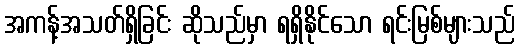
အကန့်အသတ်ရှိခြင်း ဆိုသည်မှာ ရရှိနိုင်သော ရင်းမြစ်များသည်